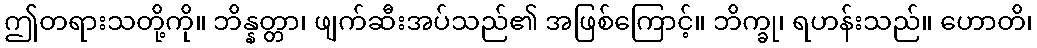
ဤတရားသတို့ကို။ ဘိန္နတ္တာ၊ ဖျက်ဆီးအပ်သည်၏ အဖြစ်ကြောင့်။ ဘိက္ခု၊ ရဟန်းသည်။ ဟောတိ၊